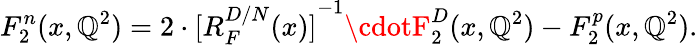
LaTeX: F_{2}^{n}(x,\mathbb{Q}^{2})=2\cdot{[R_{F}^{D/N}(x)]}^{-1}\cdotF_{2}^{D}(x,\mathbb{Q}^{2})-F_{2}^{p}(x,\mathbb{Q}^{2}).